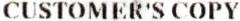
CUSTOMER'S COPY